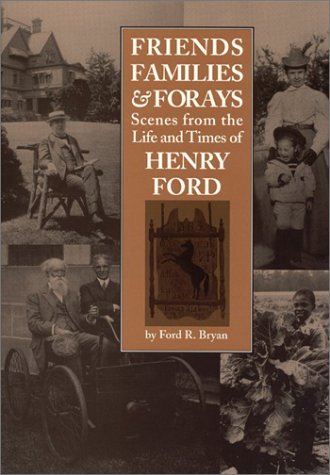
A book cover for Friends, Families & Forays: Scenes from the Life and Times of Henry Ford; Ford R. Bryan; Business & Money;